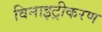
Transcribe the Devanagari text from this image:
विनाइट्रीकरण